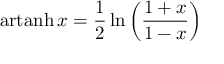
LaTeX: \operatorname { a r t a n h } x = { \frac { 1 } { 2 } } \ln \left( { \frac { 1 + x } { 1 - x } } \right)